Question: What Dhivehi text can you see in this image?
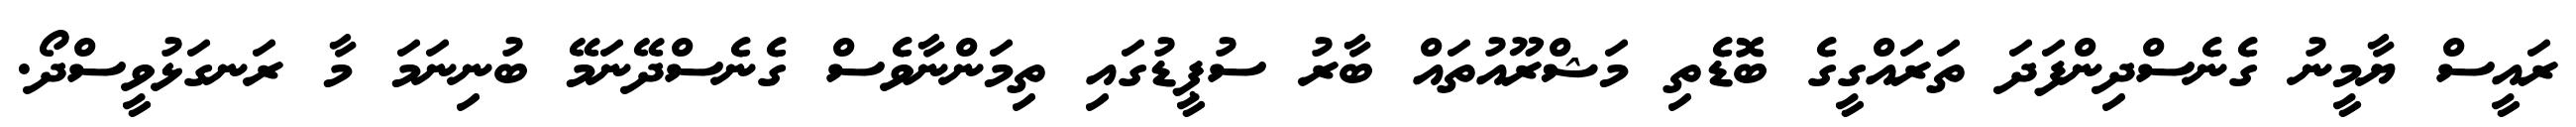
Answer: ރައީސް ޔާމީނު ގެނެސްދިންފަދަ ތަރައްގީގެ ބޮޑެތި މަޝްރޫއުތައް ބާރު ސުޕީޑުގައި ތިމަންނާވެސް ގެނެސްދޭނަމޭ ބުނިނަމަ މާ ރަނގަޅުވީސްދޯ.